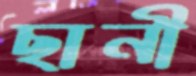
ছানী